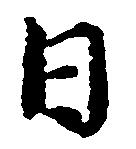
日